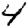
Digit: 4